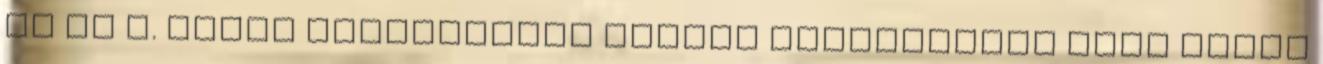
mi az a. Amint olvashatták tegnap közzétettük Andy Vajna